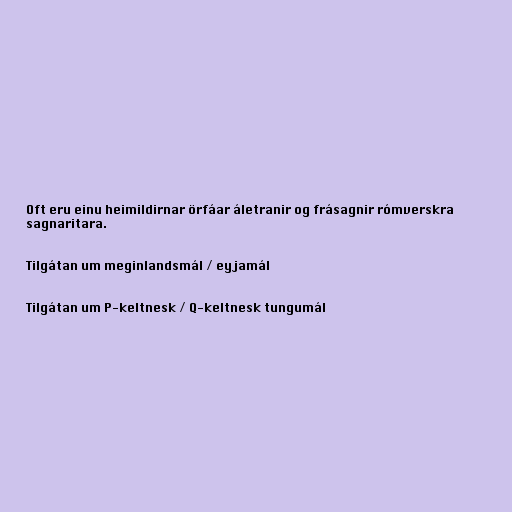
Oft eru einu heimildirnar örfáar áletranir og frásagnir rómverskra
sagnaritara.

Tilgátan um meginlandsmál / eyjamál

Tilgátan um P-keltnesk / Q-keltnesk tungumál